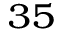
^ { 3 5 }